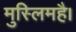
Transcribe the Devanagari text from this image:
मुस्लिमहै।